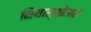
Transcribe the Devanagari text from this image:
नियार्शोअर